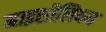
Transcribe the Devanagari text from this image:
माइसीलियम